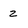
Character: z